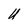
Character: U